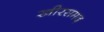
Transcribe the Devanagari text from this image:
खीरसमद